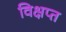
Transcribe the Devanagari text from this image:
विक्षप्त